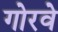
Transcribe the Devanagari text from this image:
गोरवे